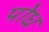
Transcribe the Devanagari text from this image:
पोध